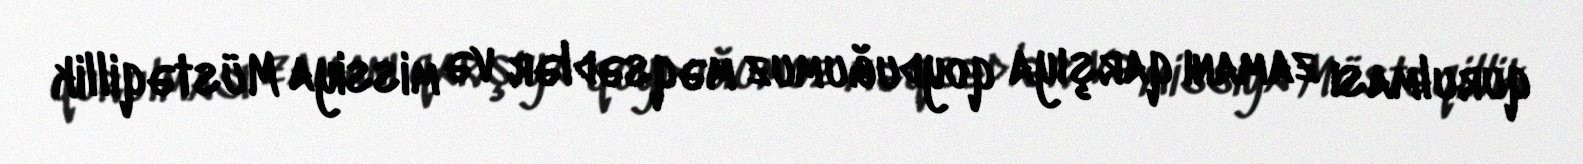
qurulması zamanı qarşıya qoyduğumuz məqsədlər və missiya Müstəqillik